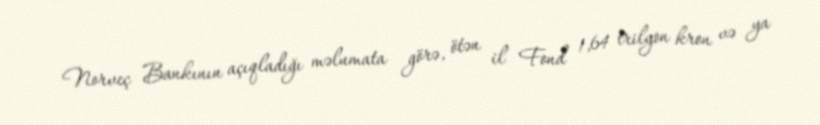
Norveç Bankının açıqladığı məlumata görə, ötən il Fond 1,64 trilyon kron və ya